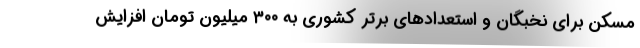
مسکن برای نخبگان و استعدادهای برتر کشوری به ۳۰۰ میلیون تومان افزایش